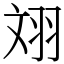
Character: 𦐑